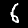
Digit: 6